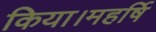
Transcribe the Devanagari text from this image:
किया।महर्षि